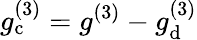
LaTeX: g_{\mathrm{c}}^{(3)}=g^{(3)}-g_{\mathrm{d}}^{(3)}